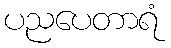
ပညပေတာရံ